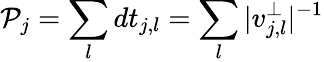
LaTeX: \mathcal{P}_{j}=\sum_{l}dt_{j,l}=\sum_{l}|v_{j,l}^{\perp}|^{-1}